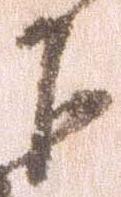
下